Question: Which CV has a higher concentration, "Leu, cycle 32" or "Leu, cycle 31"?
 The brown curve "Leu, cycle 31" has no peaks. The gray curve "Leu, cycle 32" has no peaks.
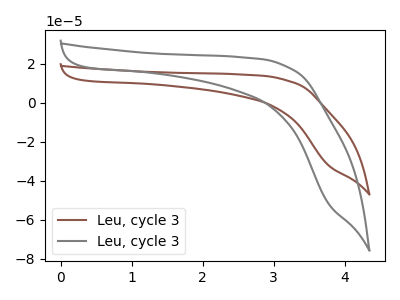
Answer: <think>Neither "Leu, cycle 32" or "Leu, cycle 31" have any peaks.
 </think>
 <answer>I cant tell if "Leu, cycle 32" or "Leu, cycle 31" has higher concentration.</answer>
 <eval>mixed_concentration</eval>